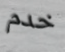
خدم